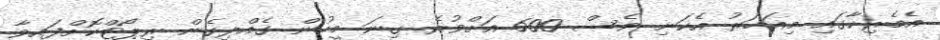
އެމެރިކާގައި މިއަހަރު އެކަނި ވެސް 600 އަށްވުރެ ގިނަ މީހުން ގެއްލިގެން ރިޕޯޓްކޮށްފައިވާ